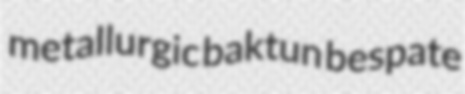
metallurgic baktun bespate